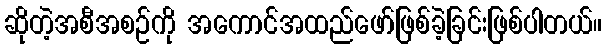
ဆိုတဲ့အစီအစဉ်ကို အကောင်အထည်ဖော်ဖြစ်ခဲ့ခြင်းဖြစ်ပါတယ်။